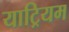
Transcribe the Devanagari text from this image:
याट्रियम